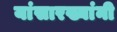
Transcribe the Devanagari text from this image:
यांसारख्यांनी